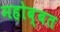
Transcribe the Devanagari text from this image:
महोब्बत